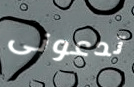
تدعونى